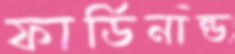
ফার্ডিনান্ড